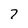
Character: 7